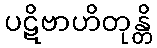
ပဋိဗာဟိတုန္တိ